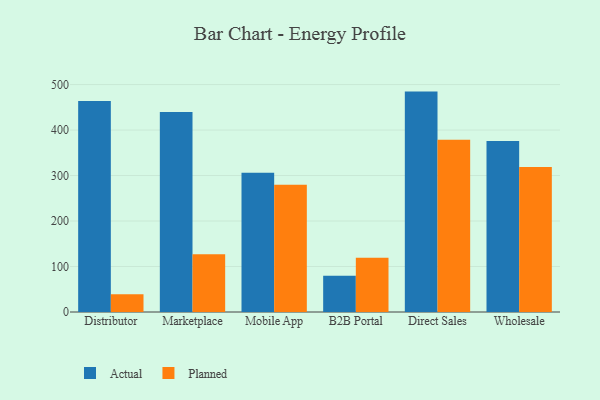
{"axis": {"x": "Channel", "y": "Shipments"}, "legend": ["Actual", "Planned"], "data": [{"x": "Distributor", "y": 463.6, "type": "Actual"}, {"x": "Distributor", "y": 38.8, "type": "Planned"}, {"x": "Marketplace", "y": 439.8, "type": "Actual"}, {"x": "Marketplace", "y": 127.0, "type": "Planned"}, {"x": "Mobile App", "y": 306.3, "type": "Actual"}, {"x": "Mobile App", "y": 279.7, "type": "Planned"}, {"x": "B2B Portal", "y": 79.9, "type": "Actual"}, {"x": "B2B Portal", "y": 119.4, "type": "Planned"}, {"x": "Direct Sales", "y": 484.5, "type": "Actual"}, {"x": "Direct Sales", "y": 378.5, "type": "Planned"}, {"x": "Wholesale", "y": 376.0, "type": "Actual"}, {"x": "Wholesale", "y": 318.5, "type": "Planned"}]}